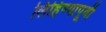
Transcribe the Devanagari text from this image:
लिहिण्‍यापूर्वी